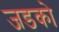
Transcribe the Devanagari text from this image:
जडको